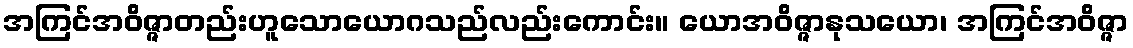
အကြင်အဝိဇ္ဇာတည်းဟူသောယောဂသည်လည်းကောင်း။ ယောအဝိဇ္ဇာနုသယော၊ အကြင်အဝိဇ္ဇာ